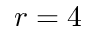
r = 4